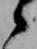
候